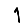
Digit: 1